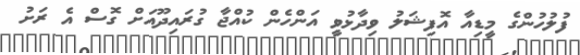
ފުލުހުންގެ މީޑިއާ އޮފިޝަލު ވިދާޅުވީ އަންހެން ކުއްޖާ ގުރައިދޫއަށް ގޮސް އެ ރަށު